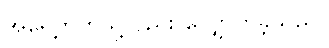
အရှေ့ဘက်သို့လည်း လျှောက်ခဲ့သည်။